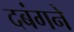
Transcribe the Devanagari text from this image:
दबंगने